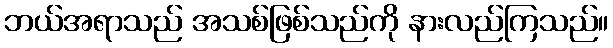
ဘယ်အရာသည် အသစ်ဖြစ်သည်ကို နားလည်ကြသည်။